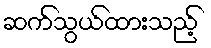
ဆက်သွယ်ထားသည့်